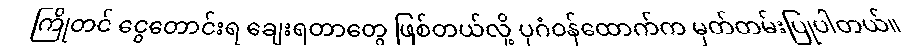
ကြိုတင် ငွေတောင်းရ ချေးရတာတွေ ဖြစ်တယ်လို့ ပုဂံဝန်ထောက်က မှတ်တမ်းပြုပါတယ်။